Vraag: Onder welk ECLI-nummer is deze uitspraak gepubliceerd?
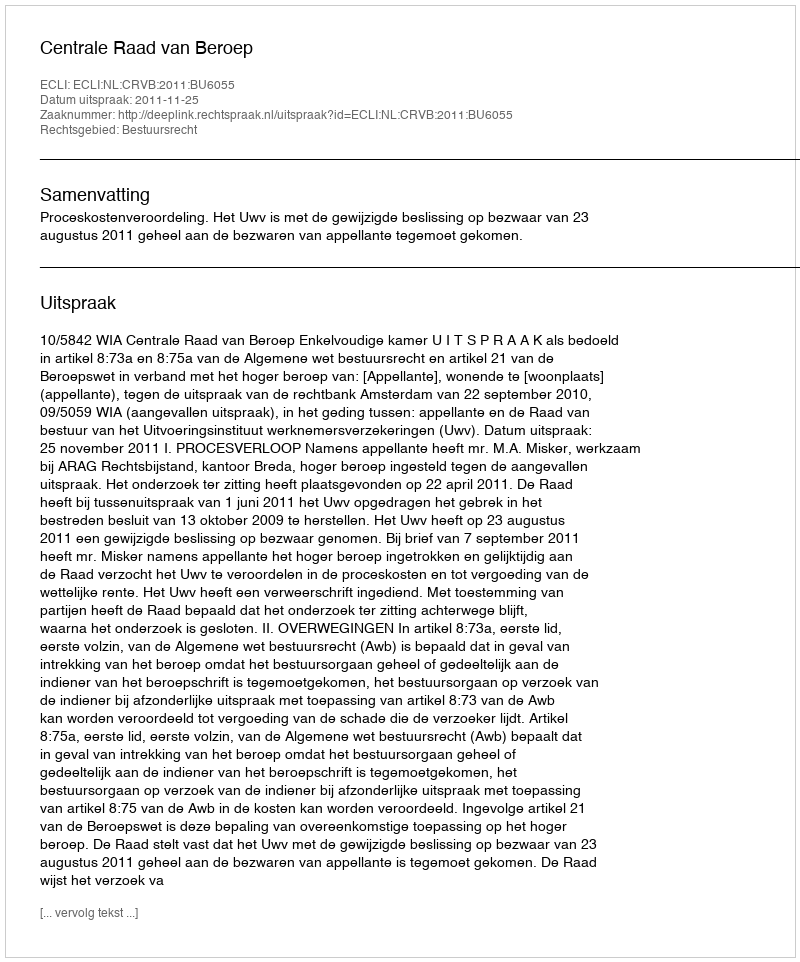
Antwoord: ECLI:NL:CRVB:2011:BU6055